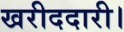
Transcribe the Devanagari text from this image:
खरीददारी।